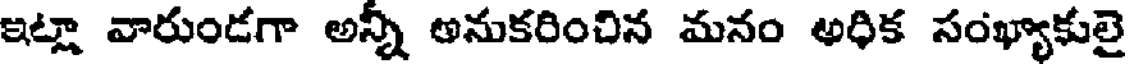
ఇట్లా వారుండగా అన్నీ అనుకరించిన మనం అధిక సంఖ్యాకులై